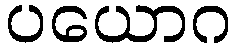
ပယောဂ